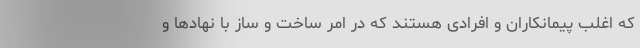
که اغلب پیمانکاران و افرادی هستند که در امر ساخت و ساز با نهادها و